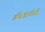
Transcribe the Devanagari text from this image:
क्रीड़ागोष्ठी